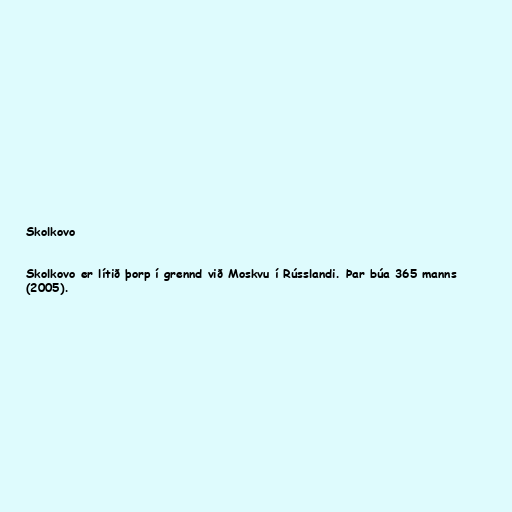
Skolkovo

Skolkovo er lítið þorp í grennd við Moskvu í Rússlandi. Þar búa 365 manns
(2005).